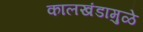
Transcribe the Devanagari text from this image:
कालखंडामुळे